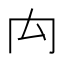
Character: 禸